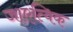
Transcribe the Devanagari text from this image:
जाएत्विक